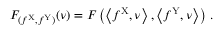
F _ { ( f ^ { \mathrm { X } } , f ^ { \mathrm { Y } } ) } ( \nu ) = F \left( \left\langle f ^ { \mathrm { X } } , \nu \right\rangle , \left\langle f ^ { \mathrm { Y } } , \nu \right\rangle \right) \, .